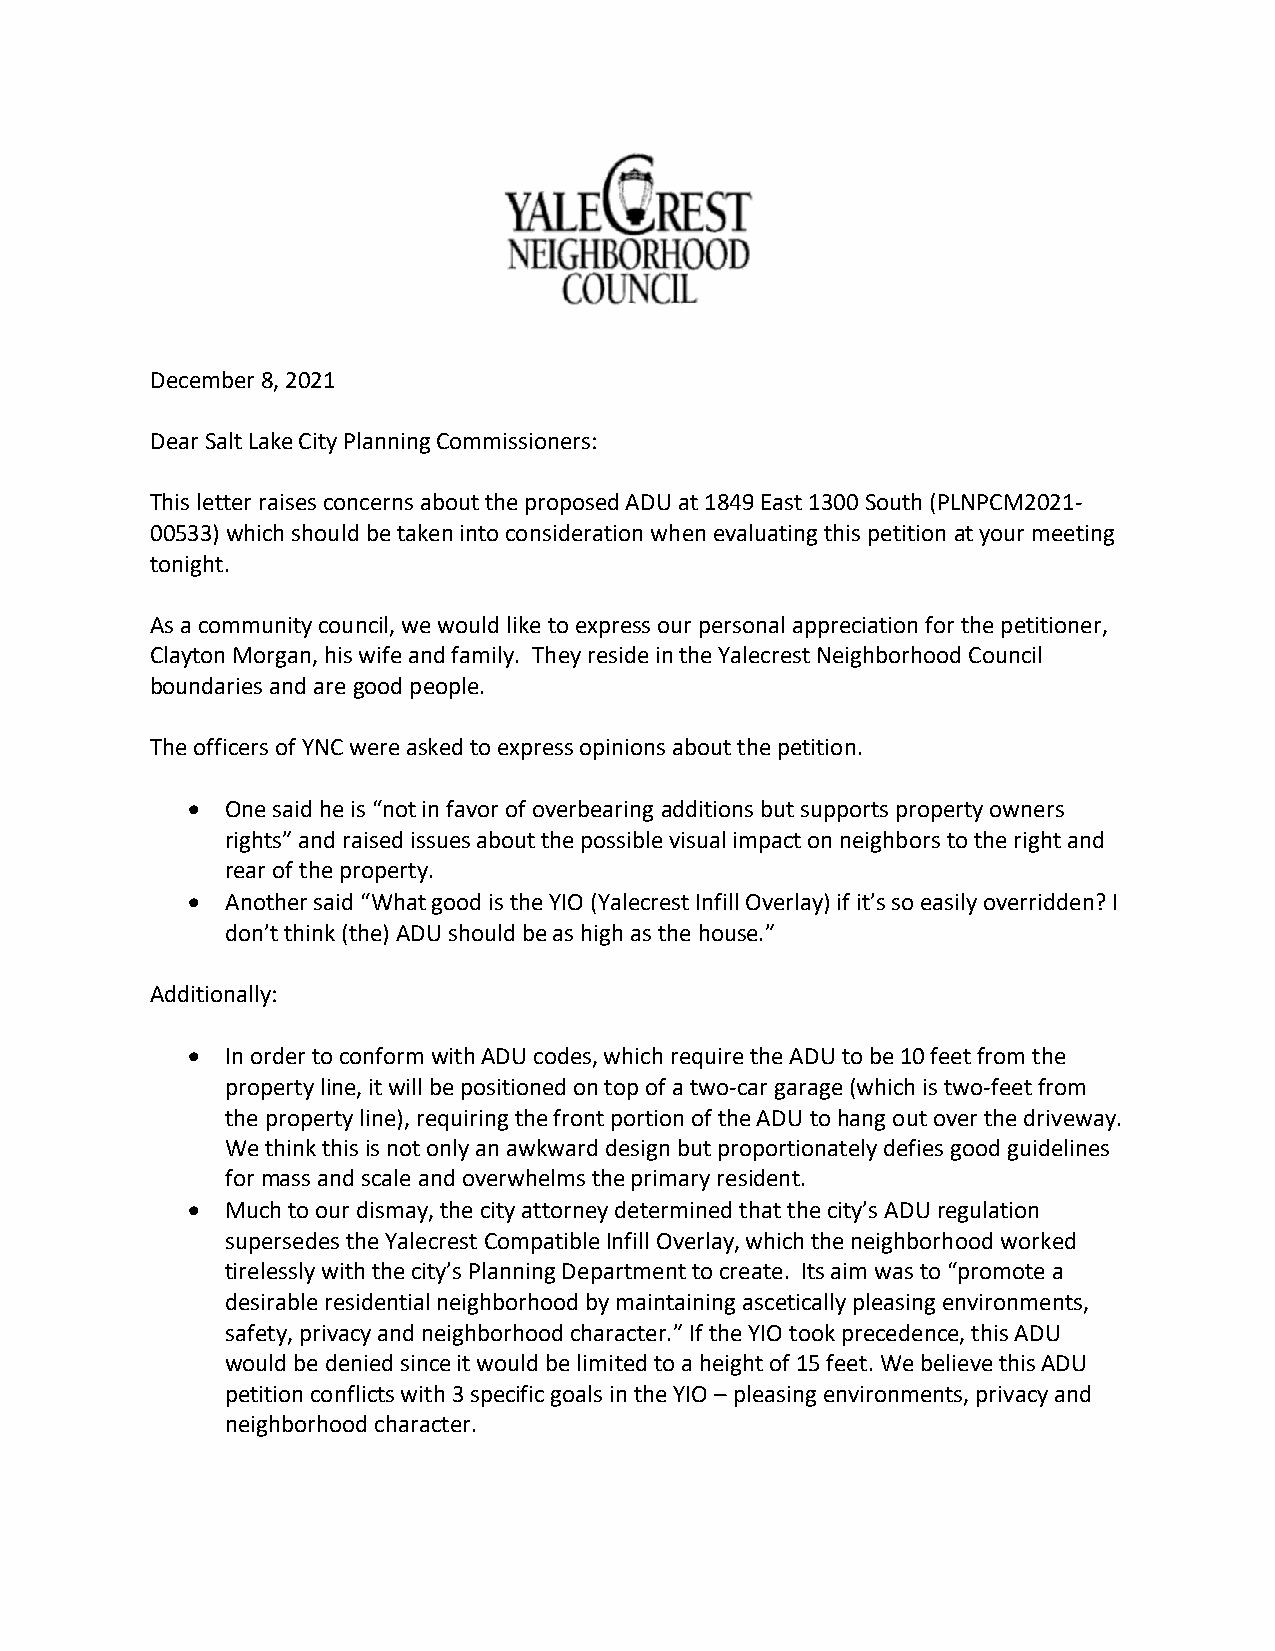
December 8, 2021
 Dear Salt Lake City Planning Commissioners:
 This letter raises concerns about the proposed ADU at 1849 East 1300 South (PLNPCM2021-
 00533) which should be taken into consideration when evaluating this petition at your meeting
 tonight.
 As a community council, we would like to express our personal appreciation for the petitioner,
 Clayton Morgan, his wife and family. They reside in the Yalecrest Neighborhood Council
 boundaries and are good people.
 The officers of YNC were asked to express opinions about the petition.
 •  One said he is “not in favor of overbearing additions but supports property owners
 rights” and raised issues about the possible visual impact on neighbors to the right and
 rear of the property.
 •  Another said “What good is the YIO (Yalecrest Infill Overlay) if it’s so easily overridden? I
 don’t think (the) ADU should be as high as the house.”
 Additionally:
 •  In order to conform with ADU codes, which require the ADU to be 10 feet from the
 property line, it will be positioned on top of a two-car garage (which is two-feet from
 the property line), requiring the front portion of the ADU to hang out over the driveway.
 We think this is not only an awkward design but proportionately defies good guidelines
 for mass and scale and overwhelms the primary resident.
 •  Much to our dismay, the city attorney determined that the city’s ADU regulation
 supersedes the Yalecrest Compatible Infill Overlay, which the neighborhood worked
 tirelessly with the city’s Planning Department to create. Its aim was to “promote a
 desirable residential neighborhood by maintaining ascetically pleasing environments,
 safety, privacy and neighborhood character.” If the YIO took precedence, this ADU
 would be denied since it would be limited to a height of 15 feet. We believe this ADU
 petition conflicts with 3 specific goals in the YIO – pleasing environments, privacy and
 neighborhood character.